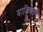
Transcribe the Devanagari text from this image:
घालिवतंय्